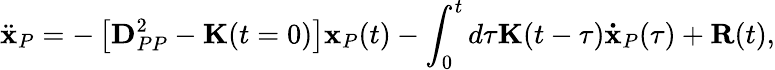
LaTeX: \ddot{\mathbf{x}}_{P}=-\left[\mathbf{D}_{PP}^{2}-\mathbf{K}(t=0)\right]\mathbf{x}_{P}(t)-\int_{0}^{t}d\tau\mathbf{K}(t-\tau)\mathbf{\dot{x}}_{P}(\tau)+\mathbf{R}(t),